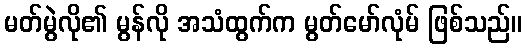
မတ်မွဲလို၏ မွန်လို အသံထွက်က မွတ်မော်လုံမ် ဖြစ်သည်။